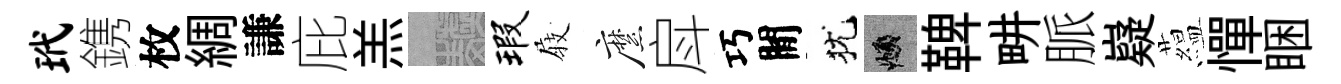
玳鎸枚綢謙庇羔熙瑕𡲆縻戽巧閒犹頫鞞畊脈嶷藴憚睏